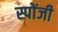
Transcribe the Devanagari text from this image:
स्पोंजी